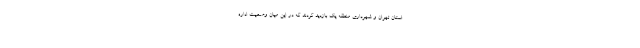
استان تهران و شهرداری منطقه یک بازدید کردند که در این میان وضعیت اداره